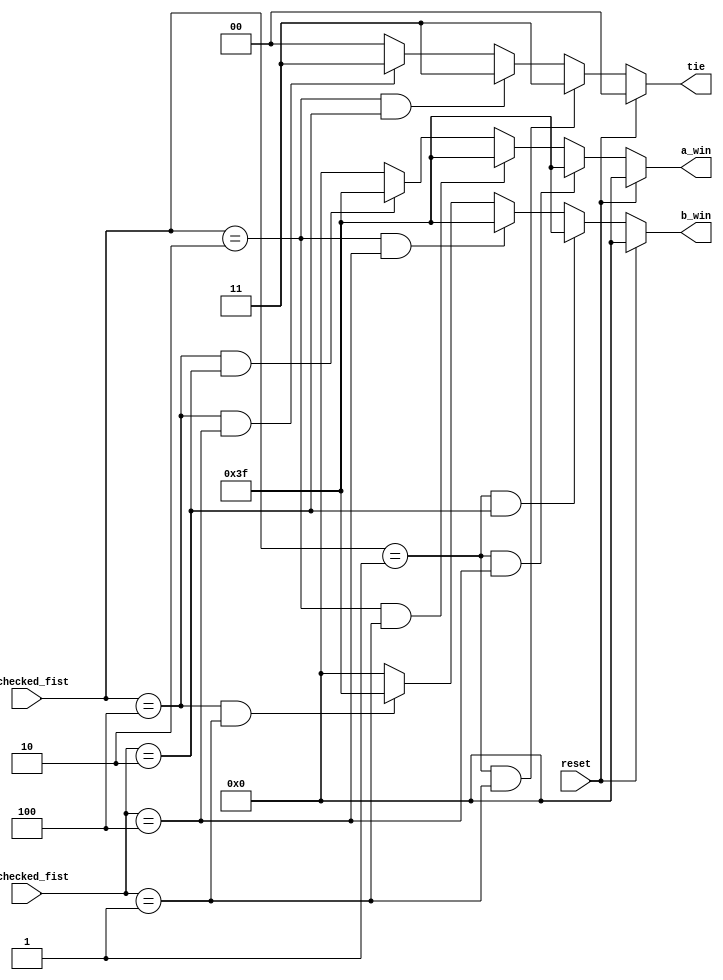
`timescale 1ns / 1ps
//////////////////////////////////////////////////////////////////////////////////
// Company: 
// Engineer: 
// 
// Design Name: 
// Module Name: judge_round1
// Project Name: 
// Target Devices: 
// Tool Versions: 
// Description: 
// 
// Dependencies: 
// 
// Revision:
// Revision 0.01 - File Created
// Additional Comments:
// 
//////////////////////////////////////////////////////////////////////////////////


module judge(
    output [5:0]a_win,
    output [5:0]b_win,
    output [1:0]tie,
    input  [2:0]a_checked_fist,
    input  [2:0]b_checked_fist,
    input  reset
    );


parameter scissors = 3'b001;
parameter rock     = 3'b010;
parameter paper    = 3'b100;

assign a_win = (reset) ? 6'b0 :
                          ((a_checked_fist == scissors) & (b_checked_fist == paper)) ? 6'b111111:
                          ((a_checked_fist == rock) & (b_checked_fist == scissors)) ? 6'b111111:
                          ((a_checked_fist == paper) & (b_checked_fist == rock)) ? 6'b111111:6'b0;

assign b_win = (reset) ? 6'b0 :
                          ((a_checked_fist == scissors) & (b_checked_fist == rock)) ? 6'b111111:
                          ((a_checked_fist == rock) & (b_checked_fist == paper)) ? 6'b111111:
                          ((a_checked_fist == paper) & (b_checked_fist == scissors)) ? 6'b111111:6'b0;

assign tie = (reset) ? 2'b0 :
             ((a_checked_fist == scissors) & (b_checked_fist == scissors)) ? 2'b11:
             ((a_checked_fist == rock) & (b_checked_fist == rock)) ? 2'b11:
             ((a_checked_fist == paper) & (b_checked_fist == paper)) ? 2'b11:2'b0;                        
    
    
endmodule